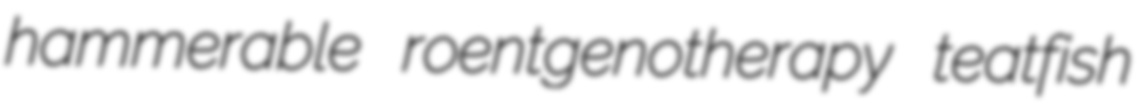
hammerable roentgenotherapy teatfish